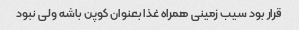
قرار بود سیب زمینی همراه غذا بعنوان کوپن باشه ولی نبود